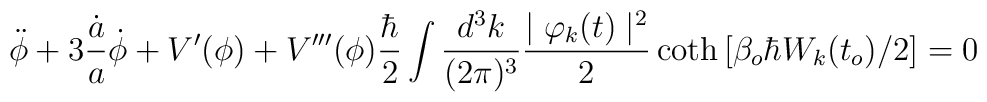
\ddot{\phi}+3 \frac{\dot{a}}{a}\dot{\phi}+V'(\phi)+V'''(\phi)\frac{\hbar}{2}\int \frac{d^3k}{(2\pi)^3}\frac{\mid \varphi_k(t) \mid^2}{2}\coth\left[\beta_o\hbar W_k(t_o)/2\right] = 0